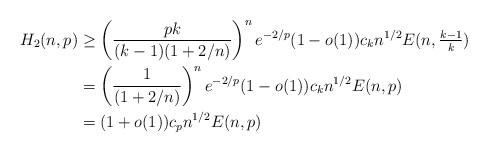
LaTeX: \begin{align*}H_2(n,p) & \ge \left(\frac{pk}{(k-1)(1+2/n)}\right)^n e^{-2/p} (1-o(1))c_k n^{1/2} E(n,{\textstyle \frac{k-1}{k}})\\& = \left(\frac{1}{(1+2/n)}\right)^n e^{-2/p} (1-o(1))c_k n^{1/2} E(n,p)\\& = (1+o(1))c_p n^{1/2} E(n,p)\\\end{align*}